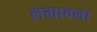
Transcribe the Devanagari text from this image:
लगावला